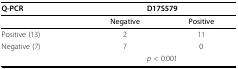
<table><thead><tr><td><b>Q-PCR</b></td><td colspan="2"><b>D17S579</b></td></tr></thead><tbody><tr><td></td><td><b>Negative</b></td><td><b>Positive</b></td></tr><tr><td>Positive (13)</td><td>2</td><td>11</td></tr><tr><td>Negative (7)</td><td>7</td><td>0</td></tr><tr><td></td><td colspan="2"><i>p </i>&lt; 0.001</td></tr></tbody></table>